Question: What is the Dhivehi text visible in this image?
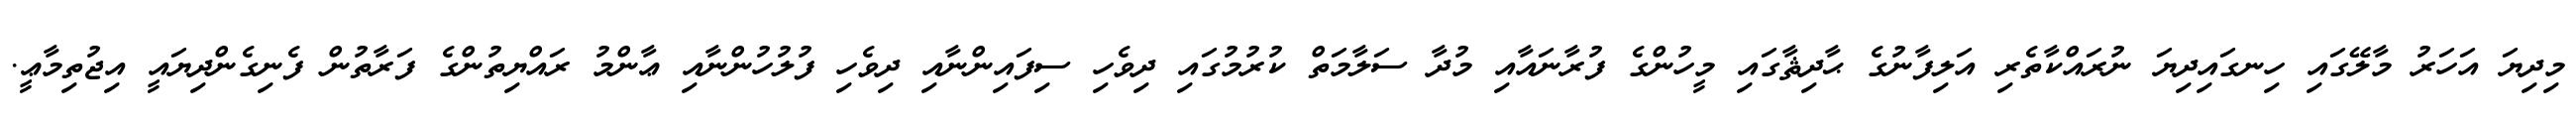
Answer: މިދިޔަ އަހަރު މާލޭގައި ހިނގައިދިޔަ ނުރައްކާތެރި އަލިފާނުގެ ޙާދިޘާގައި މީހުންގެ ފުރާނައާއި މުދާ ސަލާމަތް ކުރުމުގައި ދިވެހި ސިފައިންނާއި ދިވެހި ފުލުހުންނާއި ޢާންމު ރައްޔިތުންގެ ފަރާތުން ފެނިގެންދިޔައީ އިޖުތިމާޢީ.